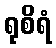
ရုစိရံ